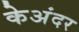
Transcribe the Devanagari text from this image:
केअंदर